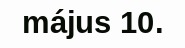
május 10.